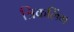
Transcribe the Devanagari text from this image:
त्रिकलिंग